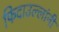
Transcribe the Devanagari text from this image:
फिदाउल्लांनी